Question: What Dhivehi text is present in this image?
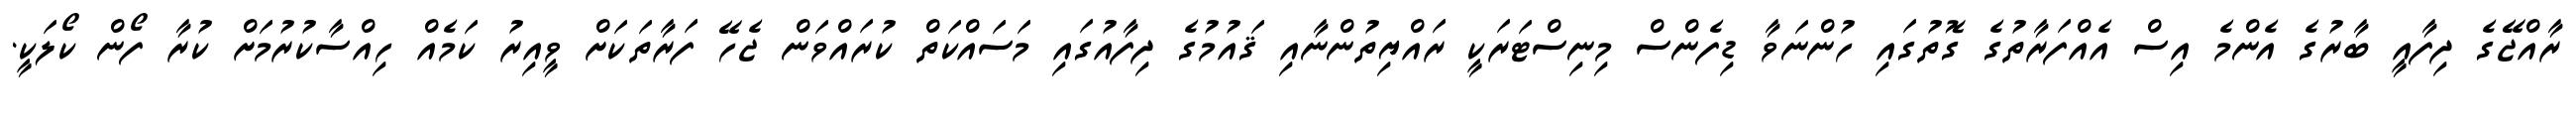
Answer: ރާއްޖޭގެ ދިފާއީ ބާރުގެ އެންމެ އިސް އެއްފަރާތުގެ ގޮތުގައި ހުންނަވާ ޑިފެންސް މިނިސްޓަރަކީ ރައްޔިތުންނާއި ޤައުމުގެ ދިފާއުގައި މަސައްކަތް ކުރައްވަން ޖެހޭ ފަރާތަކަށް ވީއިރު ކަމެއް ހިއްސާކުރުމަށް ކުރާ ފޯން ކޯލަކީ.